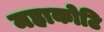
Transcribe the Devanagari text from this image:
महाकोटि